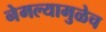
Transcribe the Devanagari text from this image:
नेमल्यामुळेच